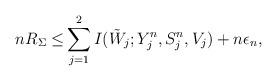
LaTeX: \begin{align*}nR_\Sigma\leq & \sum_{j=1}^2 I(\tilde{W}_j;Y_j^n,S_j^n,V_j)+n\epsilon_n, \end{align*}